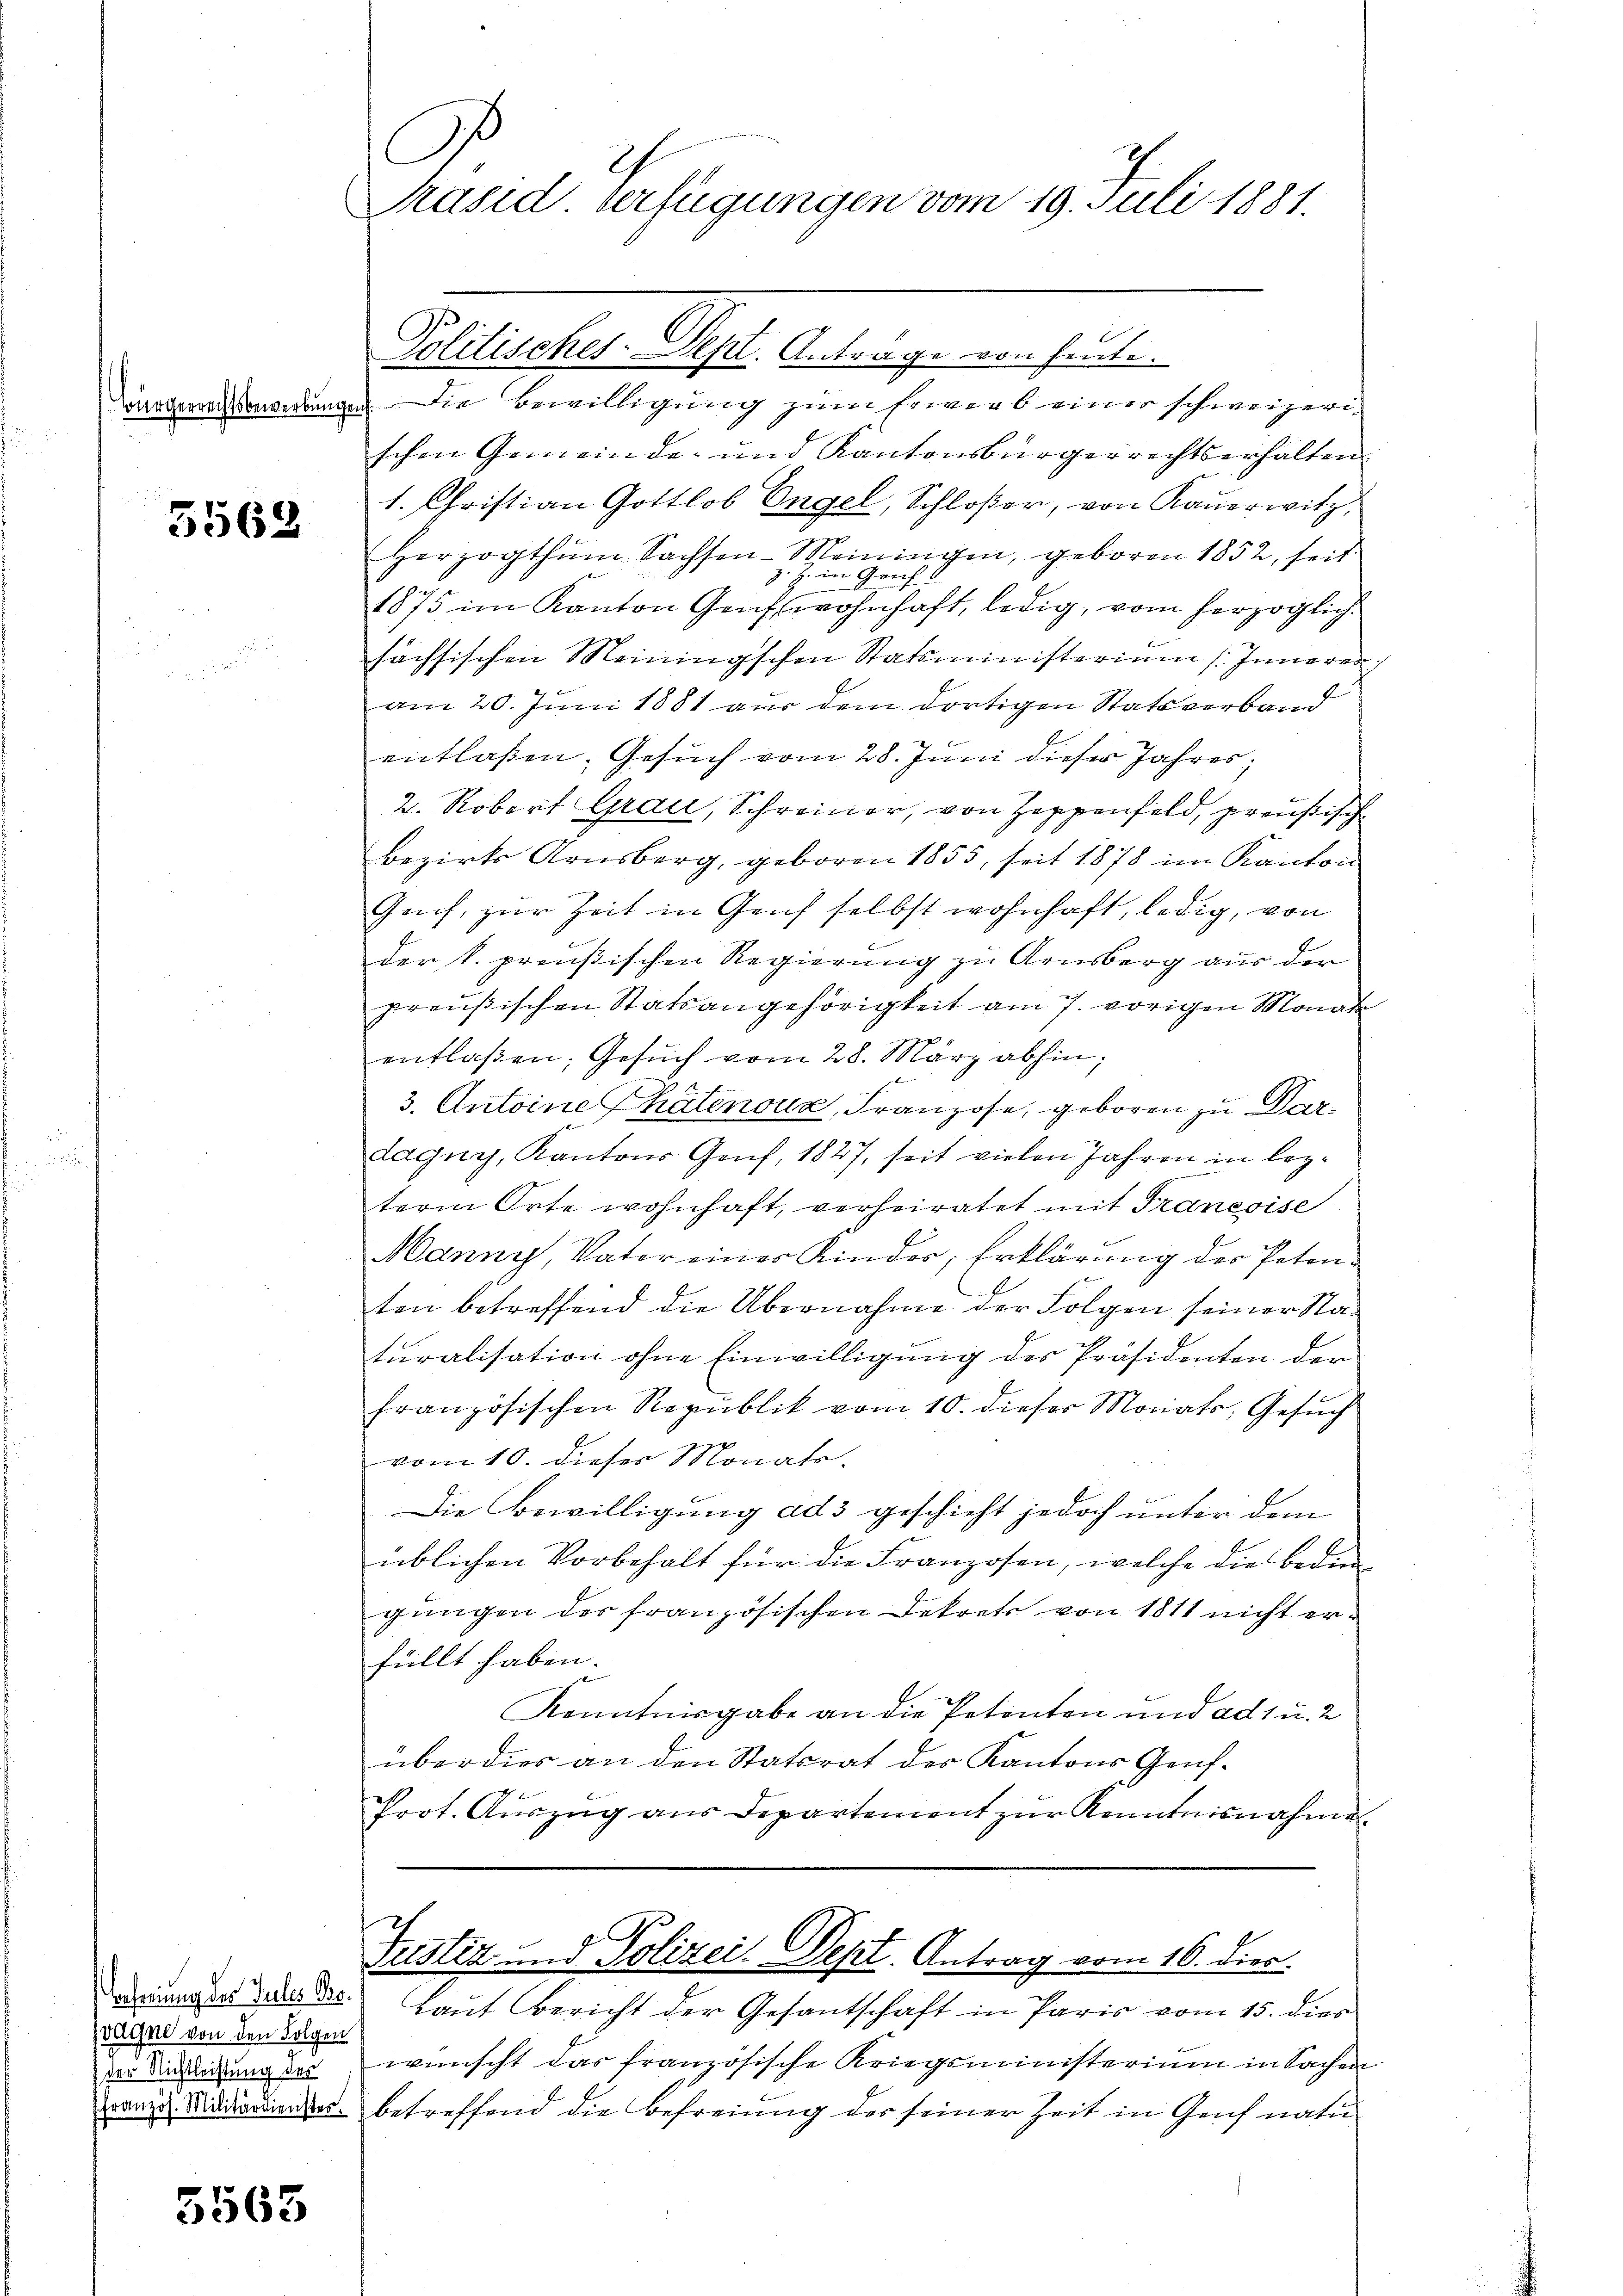
5562

vigne von den Folgen
) der Nichtleistung des

5563

C
h
Präsid Verfügungen vom 19. Juli 1881.

urgeringe. Die Bewilligung zum Erwerb einer schweizerischen Gemeinde- und Kantonsbürgerrechtserhalten
1. Christian Gottlob Engel, Schloßer, von Kauerwitz,
Herzogthum Sachsen-Meiningen, geboren 1852, seit
z. Z. im Gerich b
1875 im Kanton Genf wohnhaft, ledig, vom herzoglich
sächsischen Meiningschen Statsministerium Inneren,
am 20. Juni 1881 aus dem dortigen Statsverband
entlaßen. Gesuch vom 28. Juni dieser Jahres;
2. Robert Grau, Schreiner, von Zeppenfeld, preußisch
bezirks Arnsberg, geboren 1855, seit 1878 im Kanton
Genf, zur Zeit in Genf selbst wohnhaft, ledig, von
der k. preußischen Regierung zu Arnsberg aus der
preußischen Statsangehörigkeit am 7. vorigen Monate
entlassen, Gesuch vom 28. März abhin,
3. Antoine hatenoux, Franzose, geboren zu Dardaguy, Kantons Genf, 1827, seit vielen Jahren in lezterm Orte wohnhaft, verheiratet mit Francoise
Manny, Vater einer Kinder, Erklärung der Petenten betreffend die Übernahme der Folgen seiner Staturalisation ohne Einwilligung des Präsidenten der
französischen Republik vom 10. dieser Moriats, Gesuch
vom 10. dieses Monato.
Die Bewilligung ad 3 geschieht jedoch unter dem
üblichen Vorbehalt für die Franzosen, welche die Bedin
gungen des französischen Dekrets von 1811 nicht er-
füllt haben.
Kenntnisgabe an die Petenten und ad 1 u. 2
überdies an den Statsrat des Kantons Gens¬
Prot. Auszug aus Departement zur Kenntnisnahme

Politisches-Dept. Antrage von heute.

Justiz und Polizei. Sept. Antrag vom 16. dies

drung der Bs. Laut Bericht der Gesantschaft in Paris vom 15. dies
wünscht das französische Kriegsministerium in Sachen
ram u. Siddiardientes. betreffend die Befreiung des seiner Zeit in Genf natu